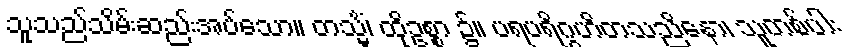
သူသည်သိမ်းဆည်းအပ်သော။ တသ္မိံ၊ ထိုဥစ္စာ ၌။ ပရပရိဂ္ဂဟိတသညိနော၊ သူတစ်ပါး